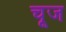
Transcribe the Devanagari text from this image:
चूज